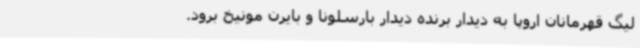
لیگ قهرمانان اروپا به دیدار برنده دیدار بارسلونا و بایرن مونیخ برود.